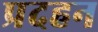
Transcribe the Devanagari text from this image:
प्रदहन